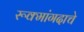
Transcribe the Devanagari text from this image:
रूक्मांगदाचे